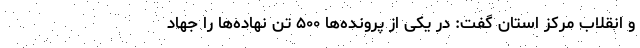
و انقلاب مرکز استان گفت: در یکی از پرونده‌ها ۵۰۰ تن نهاده‌ها را جهاد